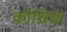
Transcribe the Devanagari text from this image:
कोशिश।